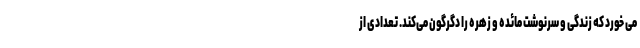
می خورد که زندگی و سرنوشت مائده و زهره را دگرگون می‌کند. تعدادی از